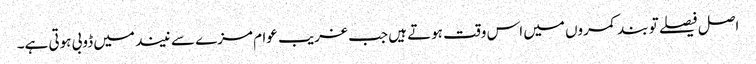
اصل فیصلے تو بند کمروں میں اس وقت ہوتے ہیں جب غریب عوام مزے سے نیند میں ڈوبی ہوتی ہے۔